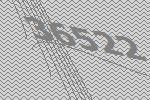
36522